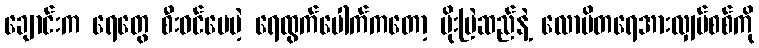
ချောင်းက ရေတွေ စီးဝင်ပေမဲ့ ရေထွက်ပေါက်ကတော့ မိုးဗြဲဆည်နဲ့ လောပိတရေအားလျှပ်စစ်ကို